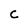
Character: c